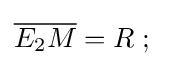
{\overline {E_{2}M}}=R\;;\;\;